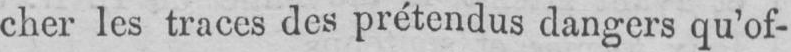
cher les traces des prétendus dangers qu’of-